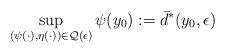
LaTeX: \begin{align*}\sup_{(\psi(\cdot),\eta(\cdot))\in \mathcal{Q}(\epsilon)}\psi(y_0):=\bar d^*(y_0,\epsilon)\end{align*}